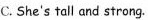
C. She's tall and strong.